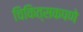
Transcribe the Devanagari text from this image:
चिकित्सकपणे